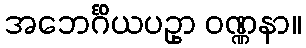
အဘေင်္ဂိယပဥှာ ဝဏ္ဏနာ။